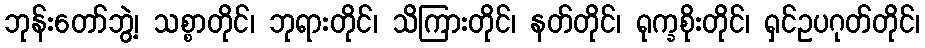
ဘုန်းတော်ဘွဲ့၊ သစ္စာတိုင်၊ ဘုရားတိုင်၊ သိကြားတိုင်၊ နတ်တိုင်၊ ရုက္ခစိုးတိုင်၊ ရှင်ဥပဂုတ်တိုင်၊